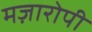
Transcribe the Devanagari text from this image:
मज़ारोपी